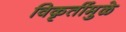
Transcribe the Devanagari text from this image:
विकृतींमुळे